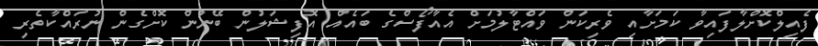
ފެއިލްކޮށްލާފައިވާ ކަމަށާއި ވެރިކަން ވައްޓާލުމަށް އެއާފޯސްގެ ބައެއް އޮފިޝަލުން ބޭނުން ކޮށްގެން ނުރައްކާތެރި